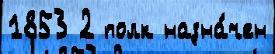
1853 2 полк назна́чен